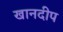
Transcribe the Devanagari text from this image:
खानदीप